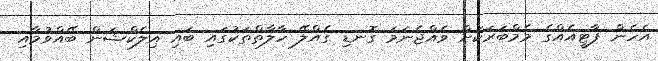
އެހެން ޕާޓީއެއްގެ މެމްބަރަކަށް ވެއްޖެނަމަ ގޮނޑި ގެއްލޭ ހާލާތްތަކުގައި ބައި އިލެކްޝަން ބޭއްވުމާއި